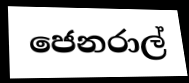
ජෙනරාල්